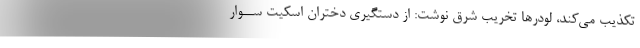
تکذیب می‌کند، لودرها تخریب شرق نوشت: از دستگیری دختران اسکیت ســوار